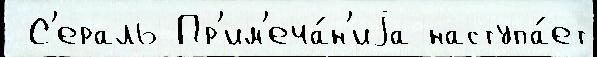
 С'ераль Пр'им'еча́н'иjа наступа́ет